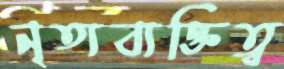
নৃত্যব্যক্তিত্ব